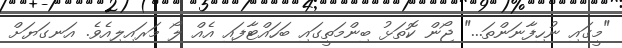
"މީގައި ނުހިފާނަންތަ..." ޖޯން ކޮތަޅު ބިންމަތީގައި ބަހައްޓާފައި އެއް ލޯ މަރައިލިއެވެ. އަނގަޔަށް